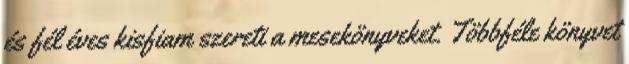
és fél éves kisfiam szereti a mesekönyveket. Többféle könyvet